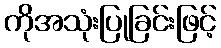
ကိုအသုံးပြုခြင်းဖြင့်